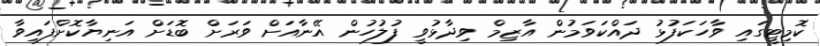
ކޮމިޓީގައި ވާހަކަފުޅު ދައްކަވަމުން އާޒިމް ވިދާޅުވީ ފުލުހުން އޭނާއަށް ވަރަށް ބޮޑަށް އަނިޔާކޮށްފައިވާ